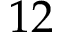
1 2